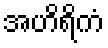
အဟိရိကံ